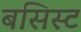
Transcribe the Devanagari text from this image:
बसिस्ट